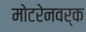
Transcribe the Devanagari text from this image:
मोटरेनवर्क